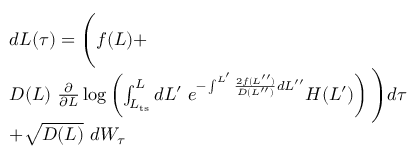
\begin{array} { r l } & { d L ( \tau ) = \Bigg ( f ( L ) + } \\ & { D ( L ) \ \frac { \partial } { \partial L } \log \left( \int _ { L _ { \mathrm { t s } } } ^ { L } d L ^ { \prime } \; e ^ { - \int ^ { L ^ { \prime } } \frac { 2 f ( L ^ { \prime \prime } ) } { D ( L ^ { \prime \prime } ) } d L ^ { \prime \prime } } H ( L ^ { \prime } ) \right) \Bigg ) d \tau } \\ & { + \sqrt { D ( L ) } \ d W _ { \tau } } \end{array}